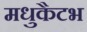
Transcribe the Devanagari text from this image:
मधुकैटभ